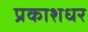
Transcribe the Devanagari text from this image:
प्रकाशधर